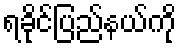
ရခိုင်ပြည်နယ်ကို